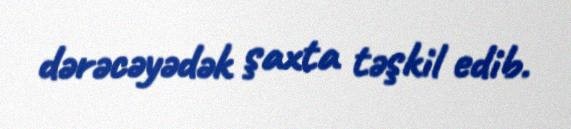
dərəcəyədək şaxta təşkil edib.